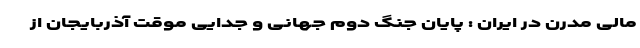
مالی مدرن در ایران : پایان جنگ دوم جهانی و جدایی موقت آذربایجان از